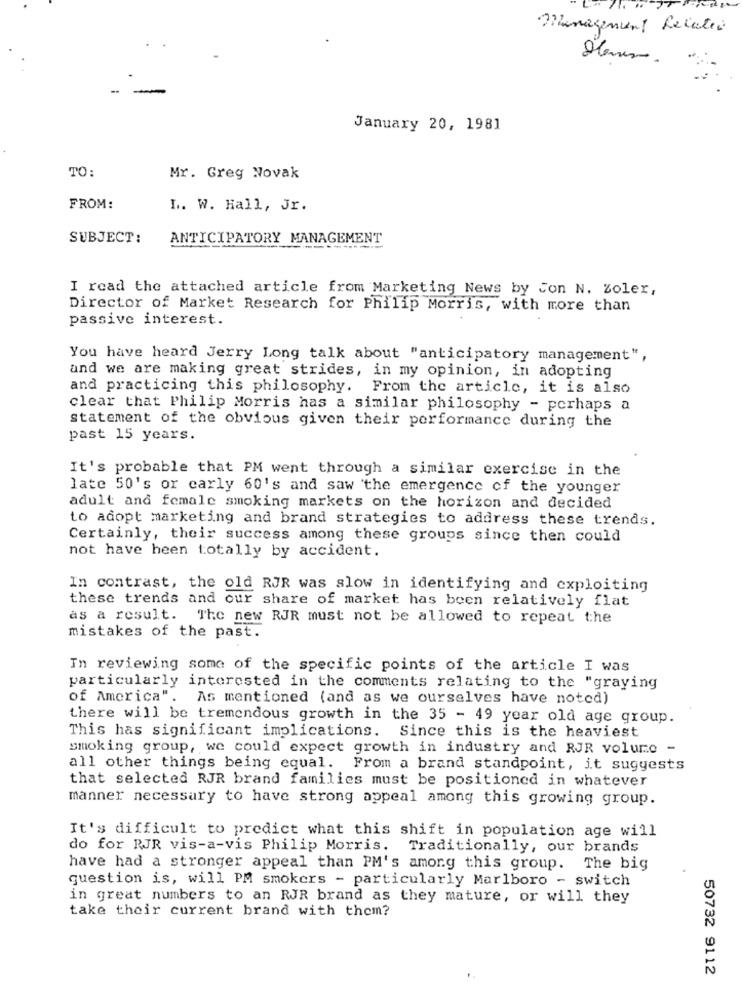
Management Relater
January 20, 1981
TO:
Mr. Greg Novak
FROM:
L. W. Hall, Jr.
SUBJECT:
ANTICIPATORY MANAGEMENT
I read the attached article from Marketing News by Jon N. Zoler,
Director of Market Research for Philip Morris, with more than
passive interest.
You have heard Jerry Long talk about "anticipatory management",
and we are making great strides, in my opinion, in adopting
and practicing this philosophy. From the article, it is also
clear that Philip Morris has a similar philosophy - perhaps a
statement of the obvious given their performance during the
past 15 years.
It's probable that PM went through a similar exercise in the
late 50's or carly 60's and saw the emergence of the younger
adult and female smoking markets on the horizon and decided
to adopt marketing and brand strategies to address these trends.
Certainly, their success among these groups since then could
not have heen totally by accident.
In contrast, the old RJR was slow in identifying and exploiting
these trends and our share of market has been relatively flat
as a result. The new RJR must not be allowed to repeat the
mistakes of the past.
In reviewing some of the specific points of the article I was
particularly interested in the comments relating to the "graying
of America".
As mentioned (and as we ourselves have noted)
there will be tremendous growth in the 35 - 49 year old age group.
This has significant implications. Since this is the heaviest
smoking group, we could expect growth in industry and RJR volume -
all other things being equal. From a brand standpoint, it suggests
that selected RJR brand families must be positioned in whatever
manner necessary to have strong appeal among this growing group.
It's difficult to predict what this shift in population age will
do for RJR vis-a-vis Philip Morris. Traditionally, our brands
have had a stronger appeal than PM's among this group. The big
question is, will PM smokers - particularly Marlboro - switch
in great numbers to an RJR brand as they mature, or will they
take their current brand with them?
50732 9112